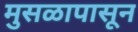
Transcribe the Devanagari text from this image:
मुसळापासून